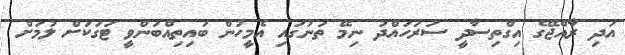
އަދި ރާއްޖޭގެ އިގްތިސާދީ ސަރަހައްދު ނިމޭ ތަނުގައި އެމީހުން ބައިތިއްބަންވީ ޓަގަކަށް ލުމަށް